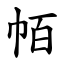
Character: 帞